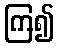
ကြ၍